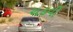
ચઢવી